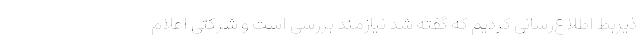
ذیربط اطلاع‌رسانی کردیم که گفته شد نیازمند بررسی است و شرکتی اعلام